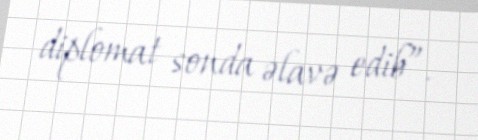
diplomat sonda əlavə edib”.